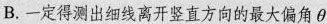
B.一定得测出细线离开竖直方向的最大偏角θ